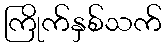
ကြိုက်နှစ်သက်